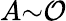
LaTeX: A{\sim}\mathcal{O}